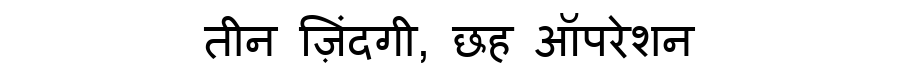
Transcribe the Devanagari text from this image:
तीन ज़िंदगी, छह ऑपरेशन